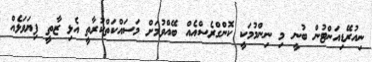
ނިއުރޭޭޑިއަންޓުން ބުނީ މި ނިންމުމަކީ ކޮންގްރެސްއެއް ބޭއްވުމަށް މަސައްކަތްކުރާތީ އެޅި ޒާތީ ފިޔަވަޅެއް